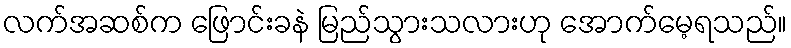
လက်အဆစ်က ဖြောင်းခနဲ မြည်သွားသလားဟု အောက်မေ့ရသည်။